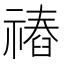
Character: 䄝